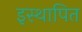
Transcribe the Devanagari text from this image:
इस्थापित